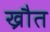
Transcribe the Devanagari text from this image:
ख्रौत